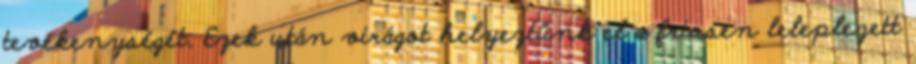
tevékenységét. Ezek után virágot helyeztünk el a frissen leleplezett